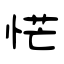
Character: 恾